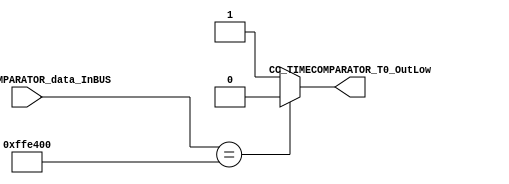
module CC_TIMECOMPARATOR #(parameter TIMECOMPARATOR_DATAWIDTH= 24)(
//////////// OUTPUTS //////////
	CC_TIMECOMPARATOR_T0_OutLow,
//////////// INPUTS //////////
	CC_TIMECOMPARATOR_data_InBUS
);

//=======================================================
//  PARAMETER declarations
//=======================================================

//=======================================================
//  PORT declarations
//=======================================================
 
output  reg CC_TIMECOMPARATOR_T0_OutLow;
input 	[TIMECOMPARATOR_DATAWIDTH-1:0] CC_TIMECOMPARATOR_data_InBUS;

//=======================================================
//  REG/WIRE declarations
//=======================================================
//=======================================================
//  Structural coding
//=======================================================


always @(CC_TIMECOMPARATOR_data_InBUS)
begin

	if( CC_TIMECOMPARATOR_data_InBUS == 24'b1111111111110010000000000)
		CC_TIMECOMPARATOR_T0_OutLow = 1'b0;
	else 
		CC_TIMECOMPARATOR_T0_OutLow = 1'b1;
		
end

endmodule